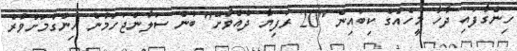
ހިންގާފައި ދާހާ މީހެއްގެ ކިބައިން "20 ރުފިޔާ ދެއްވާށޭ" ބުނެ ސަލާންޖަހަމުން ހިންގުމަށްވުރެ